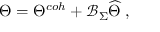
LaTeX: \Theta = \Theta ^ { c o h } + \mathcal { B } _ { \Sigma } \widehat { \Theta } \; ,